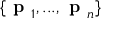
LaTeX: \{ { \textbf { p } } _ { 1 } , . . . , { \textbf { p } } _ { n } \}